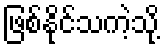
ဖြစ်နိုင်သကဲ့သို့